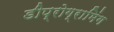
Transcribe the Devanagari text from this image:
डीप्रोग्रामिंग